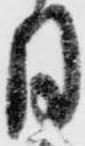
月